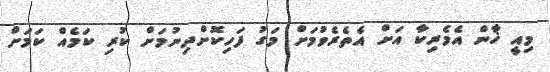
މިއީ ޚާން އެމެރިކާ އަށް އެތެރެވުމަށް މަގު ފަހިކޮށްދިނުމަށް ކުރި ކަމެއް ކަމަށް